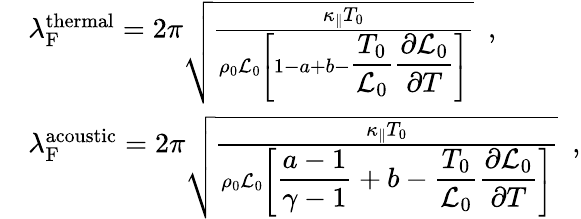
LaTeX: \begin{array}{rl}&{\lambda_{\mathrm{F}}^{\mathrm{thermal}}=2\pi\sqrt{\frac{\kappa_{\parallel}T_{0}}{\rho_{0}{\cal L}_{0}\left[1-a+b-\displaystyle\frac{T_{0}}{{\cal L}_{0}}\frac{\partial{\cal L}_{0}}{\partial T}\right]}}\mathrm{\ \ },}\\ &{\lambda_{\mathrm{F}}^{\mathrm{acoustic}}=2\pi\sqrt{\frac{\kappa_{\parallel}T_{0}}{\rho_{0}{\cal L}_{0}\left[\displaystyle\frac{a-1}{\gamma-1}+b-\displaystyle\frac{T_{0}}{{\cal L}_{0}}\frac{\partial{\cal L}_{0}}{\partial T}\right]}}\mathrm{\ \ },}\end{array}